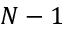
N - 1